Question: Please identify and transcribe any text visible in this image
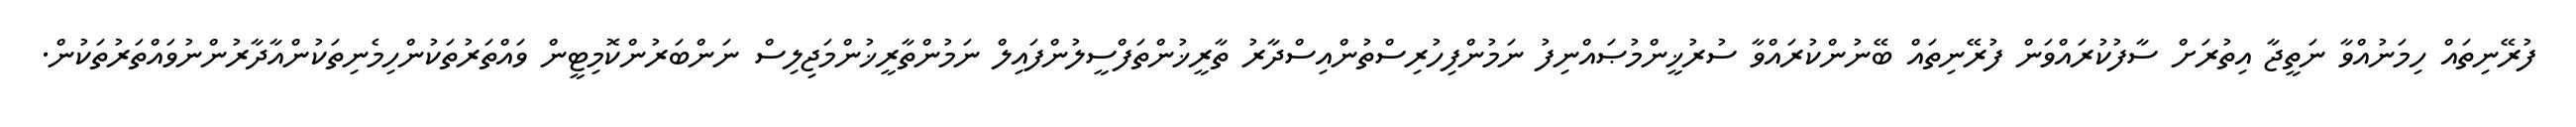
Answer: ފުރޭނިތައް ހިމަނުއްވާ ނަތީޖާ އިތުރަށް ސާފުކުރައްވަން ފުރޭނިތައް ބޭނުންކުރައްވާ ސުރުޚީންމުޞައްނިފު ނަމުންފިހުރިސްތުންއިސްދާރު ތާރީޚުންތަފްސީލުންފައިލް ނަމުންތާރީޚުންމަޖިލިސް ނަންބަރުންކޮމިޓީން ވައްތަރުތަކުންހިމެނިތަކުންއާދާރުންނުވައްތަރުތަކުން.